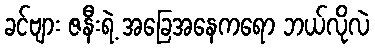
ခင်ဗျား ဇနီးရဲ့ အခြေအနေကရော ဘယ်လိုလဲ